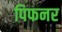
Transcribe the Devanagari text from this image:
पिफनर